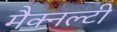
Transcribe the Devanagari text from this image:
मैक्नल्टी